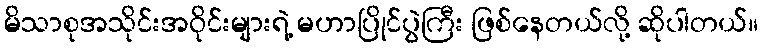
မိသာစုအသိုင်းအဝိုင်းများရဲ့ မဟာပြိုင်ပွဲကြီး ဖြစ်နေတယ်လို့ ဆိုပါတယ်။